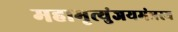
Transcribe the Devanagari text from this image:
महामृत्युंजयमंत्रस्य